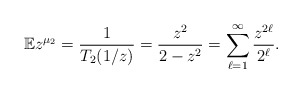
\begin{align*}\mathbb{E} z^{\mu_{2}} = \frac{1}{T_{2}(1/z)} = \frac{z^{2}}{2-z^{2}} = \sum_{\ell=1}^{\infty} \frac{z^{2 \ell}}{2^{\ell}}.\end{align*}